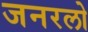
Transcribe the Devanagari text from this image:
जनरलो